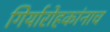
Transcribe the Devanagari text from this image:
गिर्यारोहकांनाच